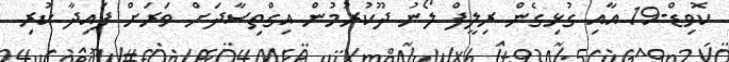
ކޮވިޑް-19 އާއި ގުޅިގެން ރިލީފް ލޯނު ދޫކުރުމުން އިގްތިސާދަށް ވަރަށް ފައިދާ ކުރި